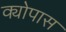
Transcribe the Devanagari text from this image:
क्योपास